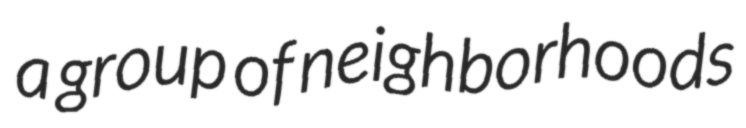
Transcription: a group of neighborhoods